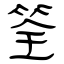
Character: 筌